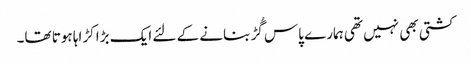
کشتی بھی نہیں تھی ہمارے پاس گُڑ بنانے کے لئے ایک بڑا کڑاہا ہوتا تھا۔